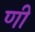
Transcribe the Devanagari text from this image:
णी